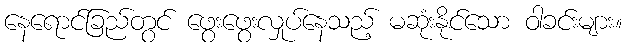
နေရောင်ခြည်တွင် ဖွေးဖွေးလှုပ်နေသည့် မဆုံးနိုင်သော ဝါခင်းများ။